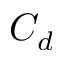
C _ { d }